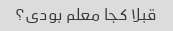
قبلا کجا معلم بودی؟